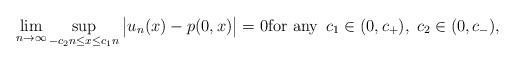
LaTeX: \begin{align*}\lim_{n\to\infty} \sup_{ -c_2n\leq x\leq c_1n} \big|u_n(x)-p(0,x)\big|=0\hbox{for any } \, c_1\in (0, c_+),\; c_2\in (0,c_-),\end{align*}